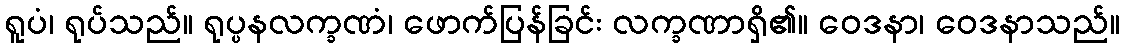
ရူပံ၊ ရုပ်သည်။ ရုပ္ပနလက္ခဏံ၊ ဖောက်ပြန်ခြင်း လက္ခဏာရှိ၏။ ဝေဒနာ၊ ဝေဒနာသည်။